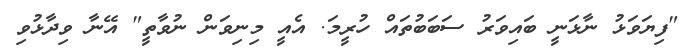
"ފިޔަވަޅު ނާޅަނީ ބައިވަރު ސަބަބުތައް ހުރީމަ. އެއީ މިނިވަން ނުވާތީ" އޭނާ ވިދާޅުވި